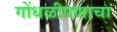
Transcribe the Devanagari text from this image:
गोंधळीपणाचा